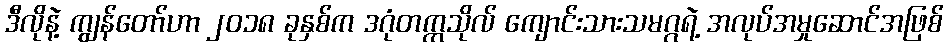
ဒီလိုနဲ့ ကျွန်တော်ဟာ ၂၀၁၈ ခုနှစ်က ဒဂုံတက္ကသိုလ် ကျောင်းသားသမဂ္ဂရဲ့ အလုပ်အမှုဆောင်အဖြစ်